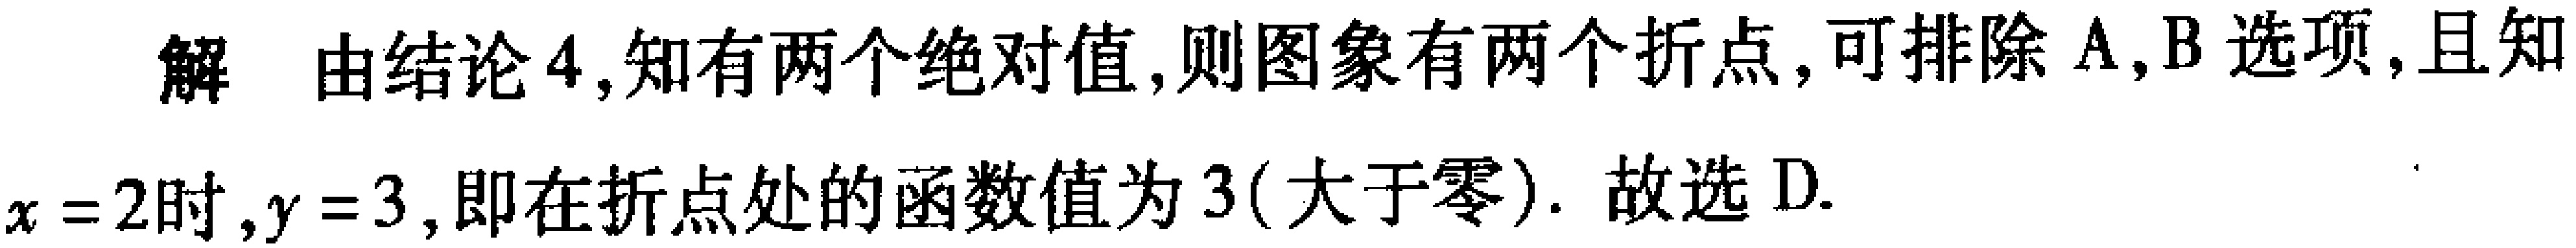
解 由结论4,知有两个绝对值,则图象有两个折点,可排除A,B选项,且知

$x = 2$时$,y = 3$,即在折点处的函数值为3(大于零). 故选D.